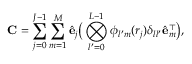
\mathbf { C } = \sum _ { j = 0 } ^ { J - 1 } \sum _ { m = 1 } ^ { M } \hat { \mathbf { e } } _ { j } \big ( \bigotimes _ { l ^ { \prime } = 0 } ^ { L - 1 } \phi _ { l ^ { \prime } m } ( r _ { j } ) \delta _ { l l ^ { \prime } } \hat { \mathbf { e } } _ { m } ^ { \top } \big ) ,